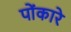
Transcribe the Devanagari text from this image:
पोंकारे